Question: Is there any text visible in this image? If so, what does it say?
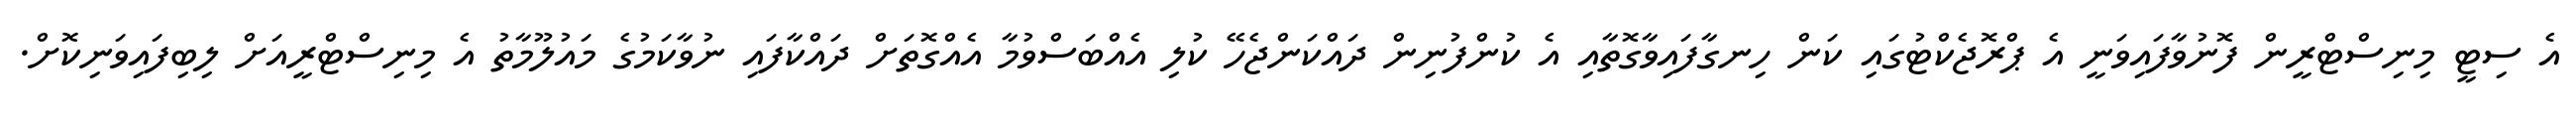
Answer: އެ ސިޓީ މިނިސްޓްރީން ފޮނުވާފައިވަނީ އެ ޕްރޮޖެކްޓުގައި ކަން ހިނގާފައިވާގޮތާއި އެ ކުންފުނިން ދައްކަންޖެހޭ ކުލި އެއްބަސްވުމާ އެއްގޮތަށް ދައްކާފައި ނުވާކަމުގެ މައުލޫމާތު އެ މިނިސްޓްރީއަށް ލިބިފައިވަނިކޮށް.